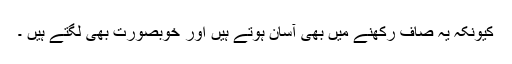
کیونکہ یہ صاف رکھنے میں بھی آسان ہوتے ہیں اور خوبصورت بھی لگتے ہیں ۔